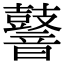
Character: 𪔧